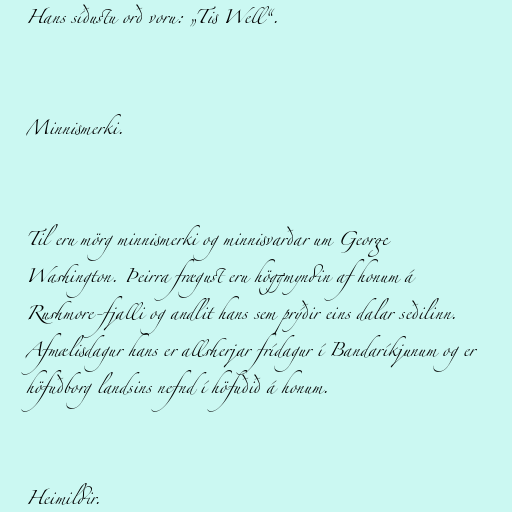
Hans síðustu orð voru: „Tis Well“.

Minnismerki.

Til eru mörg minnismerki og minnisvarðar um George
Washington. Þeirra frægust eru höggmyndin af honum á
Rushmore-fjalli og andlit hans sem prýðir eins dalar seðilinn.
Afmælisdagur hans er allsherjar frídagur í Bandaríkjunum og er
höfuðborg landsins nefnd í höfuðið á honum.

Heimildir.